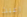
اعبث